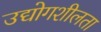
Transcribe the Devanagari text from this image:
उद्योगशीलता